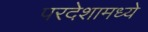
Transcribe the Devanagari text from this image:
परदेशामध्ये